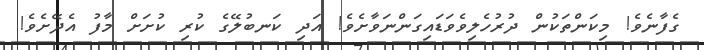
ގެފާނެވެ! މިކަންތަކުން ދުރުހެލިވެވަޑައިގަންނަވާށެވެ! އަދި ކަނބުލޭގެ ކުރި ކުށަށް މާފު އެދޭށެވެ!